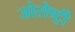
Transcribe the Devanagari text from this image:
जोरोष्ट्री